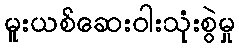
မူးယစ်ဆေးဝါးသုံးစွဲမှု